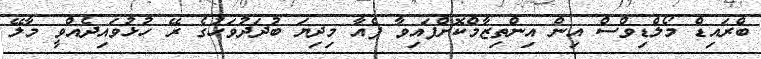
ބްރައިޑް މޯލްޑިވްސް އިން އިންތިޒާމްކޮށްފައިވާ ފެއާ މިދިޔަ ބުދަދުވަހުގެ ރޭ ހުޅުވައިދެއްވީ މާލޭ